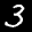
Label: 3